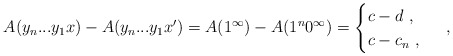
\begin{align*}A(y_n...y_1x) - A(y_n...y_1x') = A(1^\infty) - A(1^n 0^\infty) = \begin{cases}c - d \ , \\c - c_n \ , \end{cases} \ ,\end{align*}